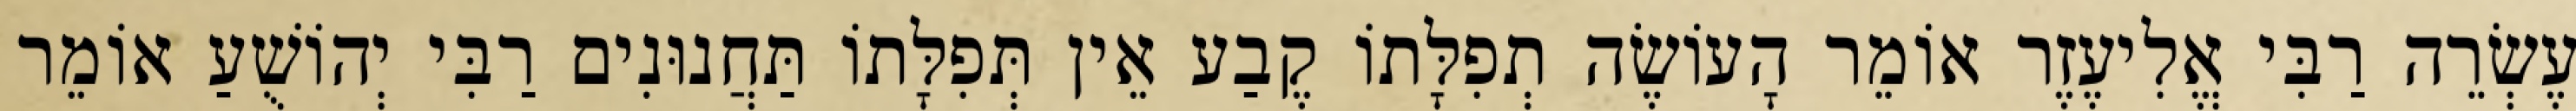
עֶשְׂרֵה רַבִּי אֱלִיעֶזֶר אוֹמֵר הָעוֹשֶׂה תְפִלָּתוֹ קֶבַע אֵין תְּפִלָּתוֹ תַּחֲנוּנִים רַבִּי יְהוֹשֻׁעַ אוֹמֵר